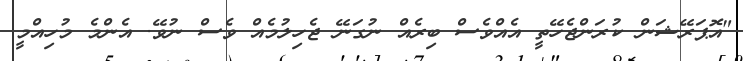
"އޮޕަރޭޝަން ކުރަންޖެހޭތީ އެއްވެސް ބިރެއް ނުގަނޭ ޖެހިލުމެއް ވެސް ނުވޭ. އެންމެ މުހިއްމީ